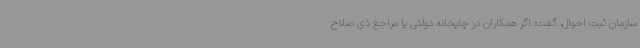
سازمان ثبت احوال، گفت: اگر همکاران در چاپخانه دولتی یا مراجع ذی صلاح